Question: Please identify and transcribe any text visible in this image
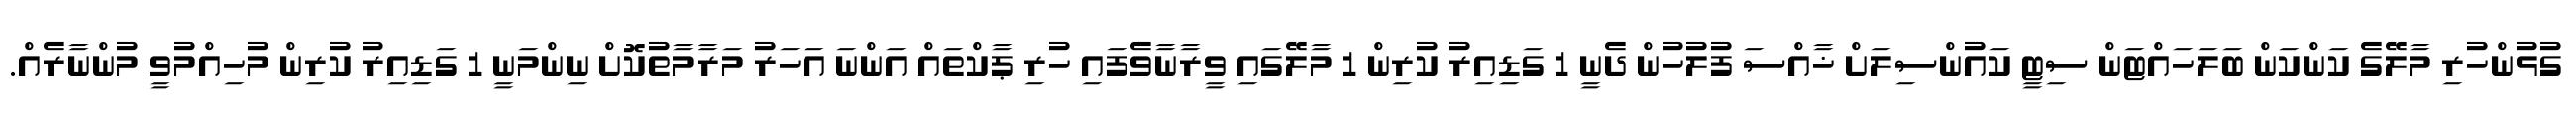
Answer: ގުޅުންހުރި މާލޭގެ ކަންކަން ބަލަހައްޓަން ސިޓީ ކައުންސިލަށް ޚާއްސަ ފުލުހުން ދެނީ 1 ގަޑިއިރު ކުރިން 1 މާލޭގައި ވީރާނާވެފައި ހުރި ޕާކްތައް އަންނަ އަހަރު މަރާމާތުކޮށް ނިންމަނީ 1 ގަޑިއިރު ކުރިން މުހިއްމުވީ މުންނާރެއް.